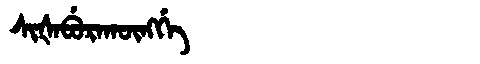
Manchu: ᠰᡳᡧᠠᠪᡠᡵᠠᡴᡡᠩᡤᡝ
Romanization: SIŠABURAKŪNGGE